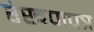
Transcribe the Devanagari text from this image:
रेखणपत्र